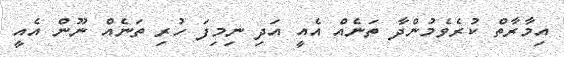
އިމާރާތް ކުރެވެމުންދާ ތަނެއް އެއީ އަދި ނިމިފަ ހުރި ތަނެއް ނޫން އެއީ